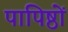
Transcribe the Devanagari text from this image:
पापिष्ठों